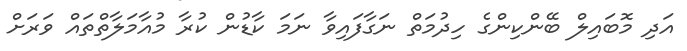
އަދި މޮބައިލް ބޭންކިންގެ ހިދުމަތް ނަގާފައިވާ ނަމަ ކާޑުން ކުރާ މުއާމަލާތްތައް ވަރަށް